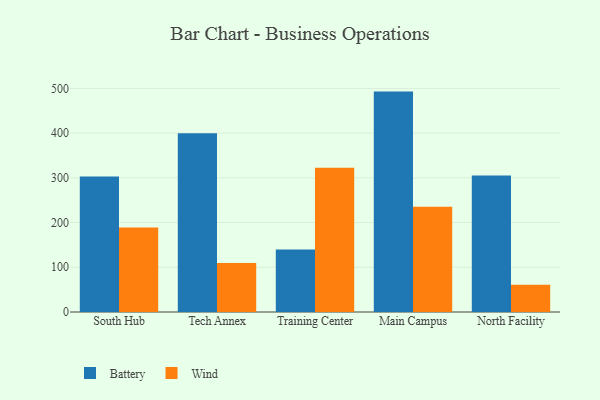
{"axis": {"x": "Campus", "y": "Humidity (%)"}, "legend": ["Battery", "Wind"], "data": [{"x": "South Hub", "y": 303.2, "type": "Battery"}, {"x": "South Hub", "y": 189.2, "type": "Wind"}, {"x": "Tech Annex", "y": 399.7, "type": "Battery"}, {"x": "Tech Annex", "y": 109.7, "type": "Wind"}, {"x": "Training Center", "y": 139.6, "type": "Battery"}, {"x": "Training Center", "y": 322.4, "type": "Wind"}, {"x": "Main Campus", "y": 492.8, "type": "Battery"}, {"x": "Main Campus", "y": 235.4, "type": "Wind"}, {"x": "North Facility", "y": 305.3, "type": "Battery"}, {"x": "North Facility", "y": 61.1, "type": "Wind"}]}